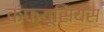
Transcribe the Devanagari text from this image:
कंफ्यूसियस